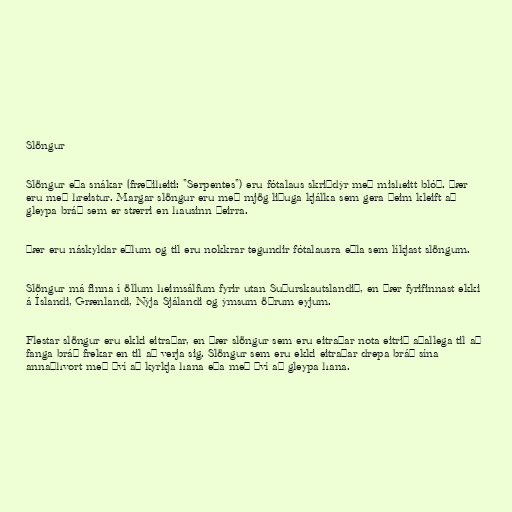
Slöngur

Slöngur eða snákar (fræðiheiti: "Serpentes") eru fótalaus skriðdýr með misheitt blóð. Þær
eru með hreistur. Margar slöngur eru með mjög liðuga kjálka sem gera þeim kleift að
gleypa bráð sem er stærri en hausinn þeirra.

Þær eru náskyldar eðlum og til eru nokkrar tegundir fótalausra eðla sem líkjast slöngum.

Slöngur má finna í öllum heimsálfum fyrir utan Suðurskautslandið, en þær fyrifinnast ekki
á Íslandi, Grænlandi, Nýja Sjálandi og ýmsum öðrum eyjum.

Flestar slöngur eru ekki eitraðar, en þær slöngur sem eru eitraðar nota eitrið aðallega til að
fanga bráð frekar en til að verja sig. Slöngur sem eru ekki eitraðar drepa bráð sína
annaðhvort með því að kyrkja hana eða með því að gleypa hana.